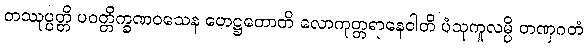
တဿုပ္ပတ္တိ ပဝတ္တိက္ခဏဝသေန ဟေဋ္ဌတောတိ လောကုတ္တရာနေဝါတိ ပံသုကူလမ္ပိ တဏှဂတံ